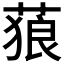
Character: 𦵧